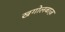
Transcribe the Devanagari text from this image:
खगोलबाज़